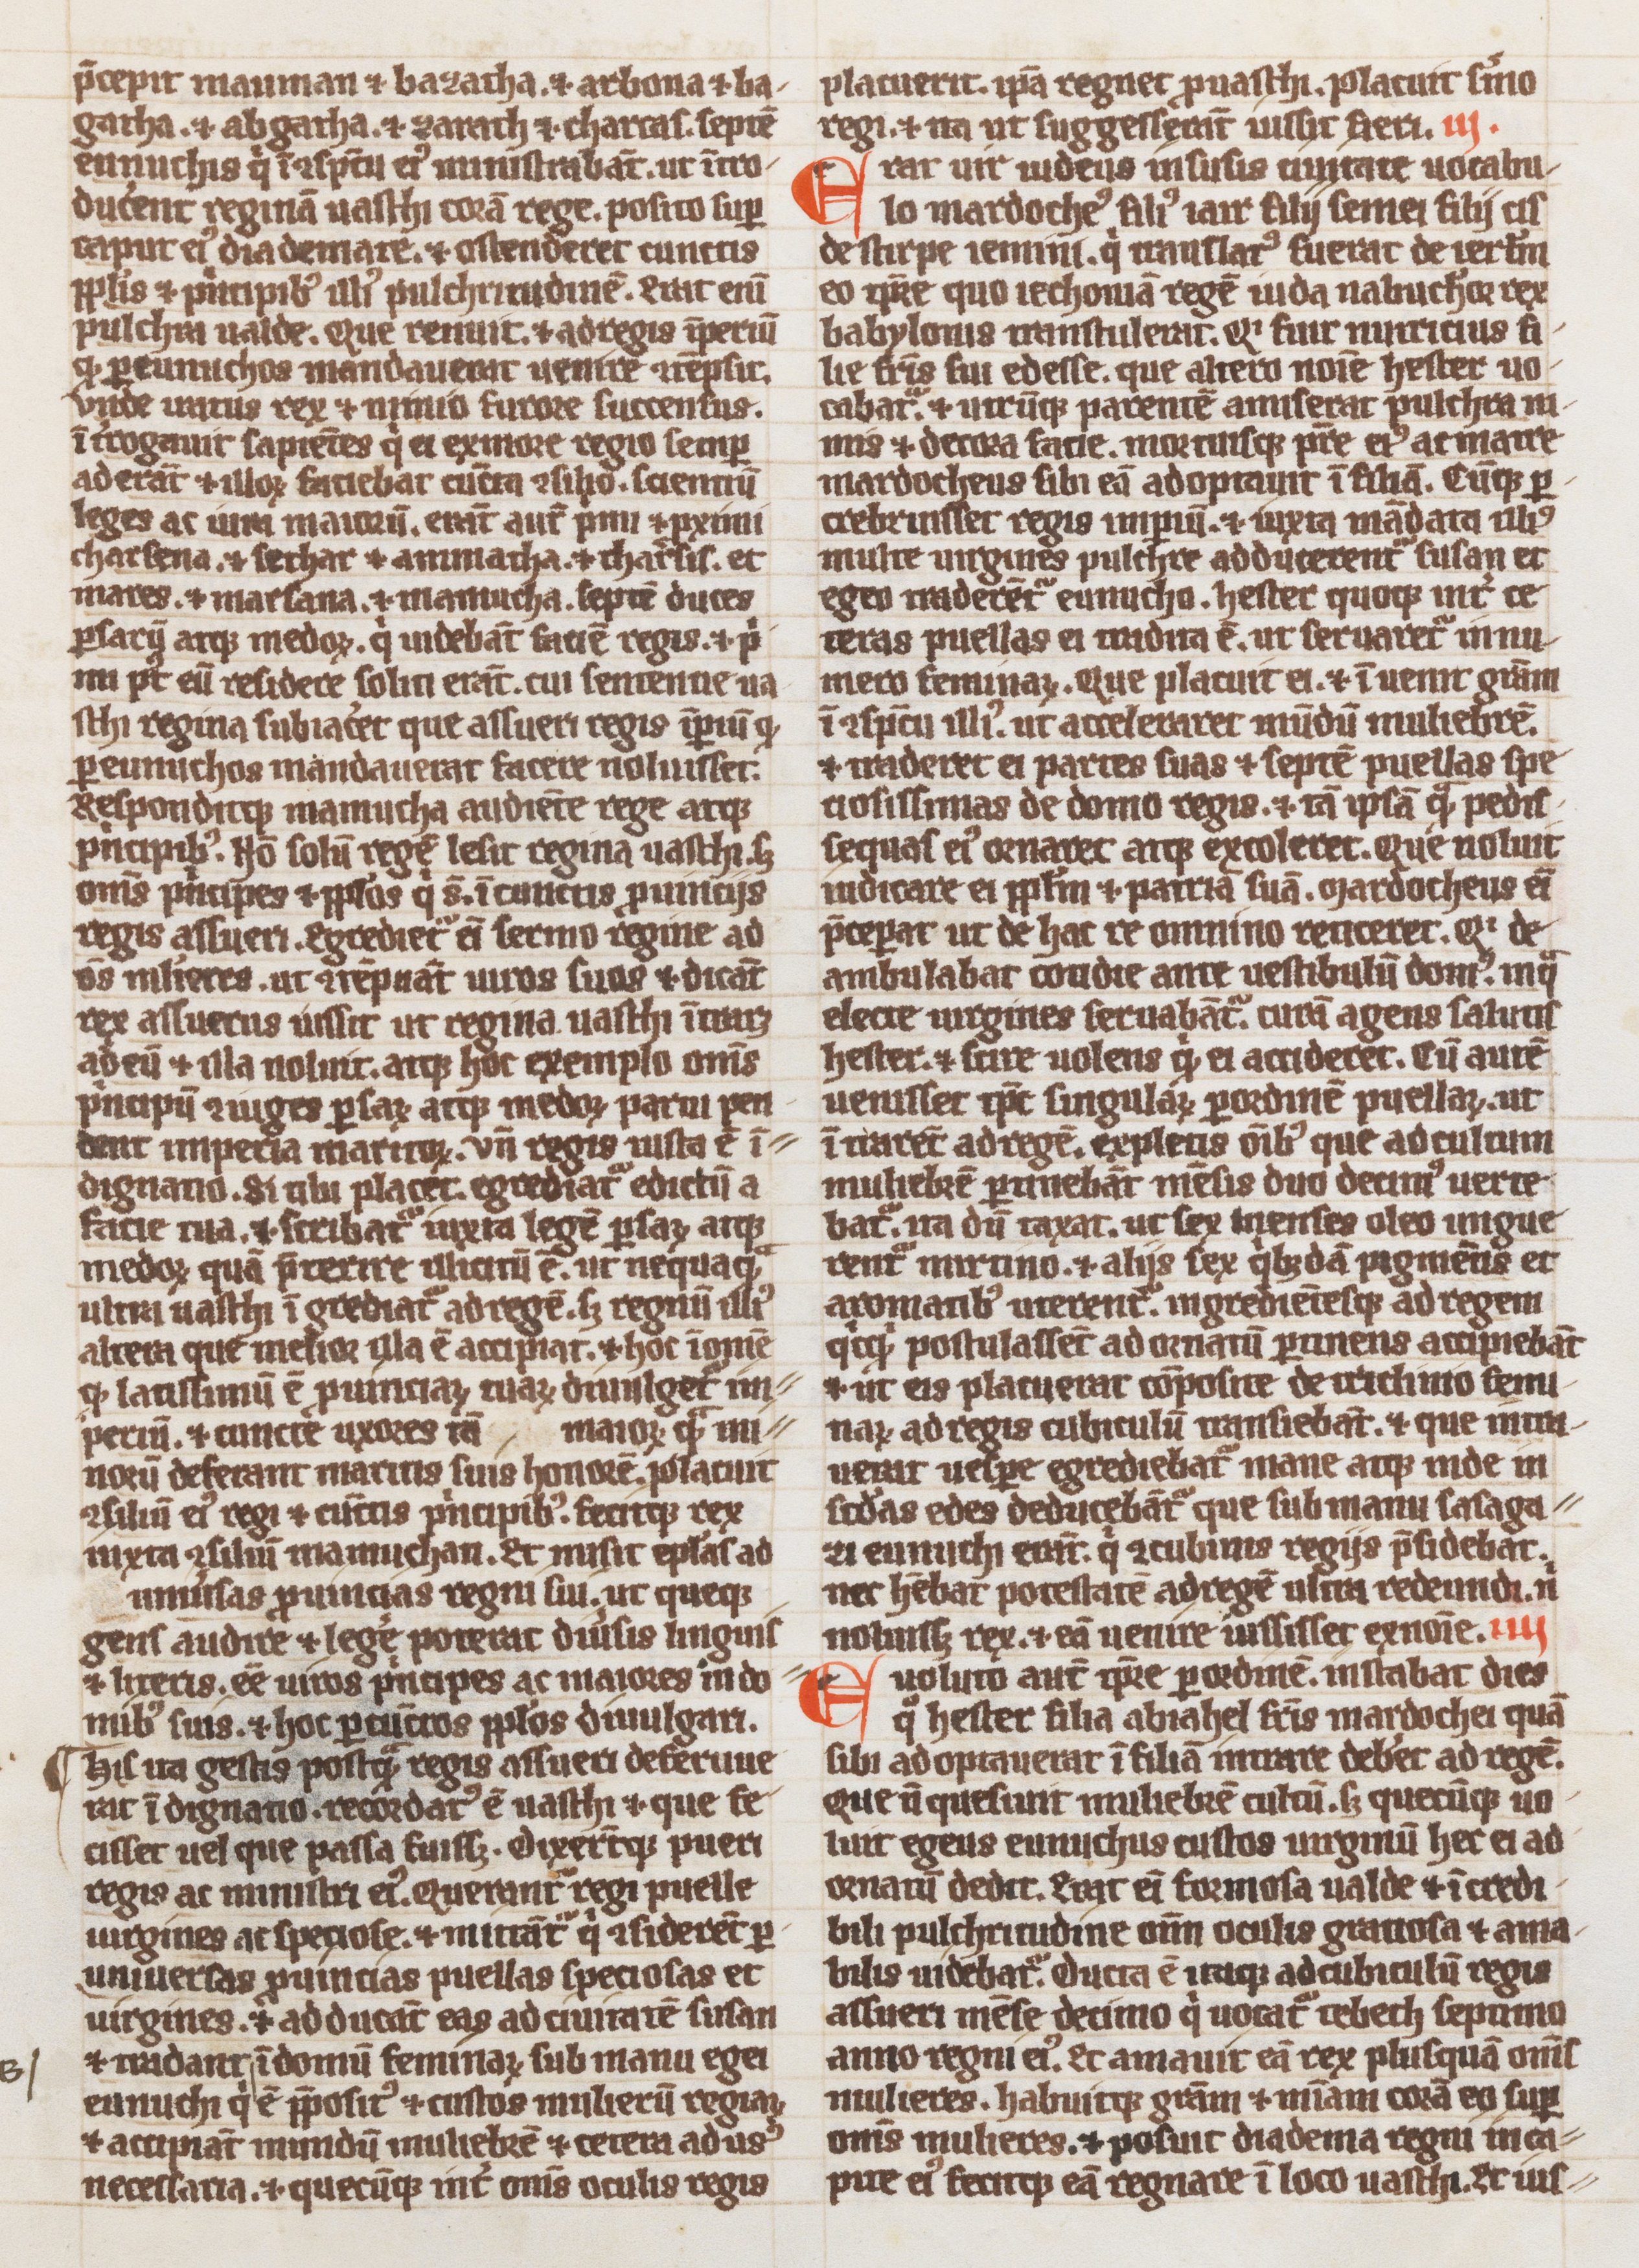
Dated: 1300–1324